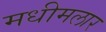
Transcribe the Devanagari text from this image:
मधीमलार